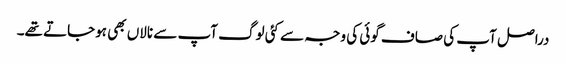
دراصل آپ کی صاف گوئی کی وجہ سے کئی لوگ آپ سے نالاں بھی ہوجاتے تھے۔